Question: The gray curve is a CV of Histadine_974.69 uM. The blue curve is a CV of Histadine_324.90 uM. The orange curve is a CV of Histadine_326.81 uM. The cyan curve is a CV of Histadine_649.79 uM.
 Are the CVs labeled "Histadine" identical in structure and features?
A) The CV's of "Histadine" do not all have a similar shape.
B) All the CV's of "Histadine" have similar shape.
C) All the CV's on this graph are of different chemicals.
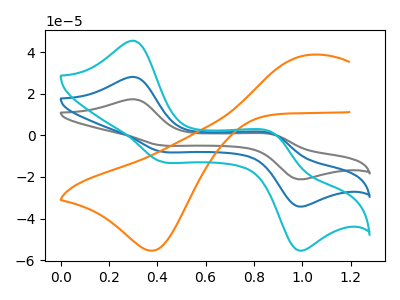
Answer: <think>The gray curve "Histadine_974.69 uM" has anodic peaks at (0.30V, 56.20uA) (0.90V, 1.60uA) and cathodic peaks at (0.40V, -15.40uA) (1.00V, -67.95uA). The blue curve "Histadine_324.90 uM" has anodic peaks at (0.30V, 28.10uA) (0.90V, 0.80uA) and cathodic peaks at (0.40V, -7.70uA) (1.00V, -34.00uA). The orange curve "Histadine_326.81 uM" has an anodic peak at (1.05V, 38.75uA) and a cathodic peak at (0.40V, -55.50uA). The cyan curve "Histadine_649.79 uM" has anodic peaks at (0.30V, 45.50uA) (0.90V, 1.30uA) and cathodic peaks at (0.40V, -12.45uA) (1.00V, -55.00uA).
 All the peaks in "Histadine_974.69 uM" have a peak in "Histadine_324.90 uM" at the same potential. Every peak in "Histadine_974.69 uM" is higher than every peak in "Histadine_324.90 uM". "Histadine_974.69 uM" and "Histadine_326.81 uM" have a different number of peaks. All the peaks in "Histadine_974.69 uM" have a peak in "Histadine_649.79 uM" at the same potential. Every peak in "Histadine_974.69 uM" is higher than every peak in "Histadine_649.79 uM". "Histadine_324.90 uM" and "Histadine_326.81 uM" have a different number of peaks. All the peaks in "Histadine_324.90 uM" have a peak in "Histadine_649.79 uM" at the same potential. Every peak in "Histadine_324.90 uM" is lower than every peak in "Histadine_649.79 uM". "Histadine_326.81 uM" and "Histadine_649.79 uM" have a different number of peaks.</think>
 <answer>B) All the CV's of "Histadine" have similar shape.</answer>
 <eval>B</eval>